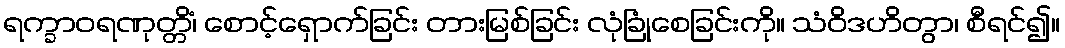
ရက္ခာဝရဏုတ္တိံ၊ စောင့်ရှောက်ခြင်း တားမြစ်ခြင်း လုံခြုံစေခြင်းကို။ သံဝိဒဟိတွာ၊ စီရင်၍။